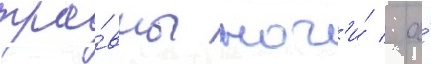
тра́вмы ног'и́ / а́